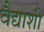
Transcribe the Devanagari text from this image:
वैद्याशी